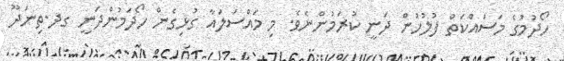
ހޯދުމުގެ މަސައްކަތް ފުލުހުން ދަނީ ކުރަމުންނެވެ. މި މައްސަލައާ ގުޅިގެން ހޯދަމުންދަނީ ގދ.ތިނަދޫ